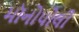
મૉનોપોલી